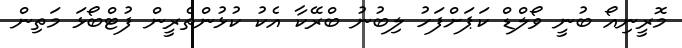
މޮރީނިއޯ ބުނީ ވޯލްޑް ކަޕަށްފަހު ލިބުނު ބްރޭކާ އެކު ކުޅުންތެރީން ފުޓްބޯޅަ މަތިން